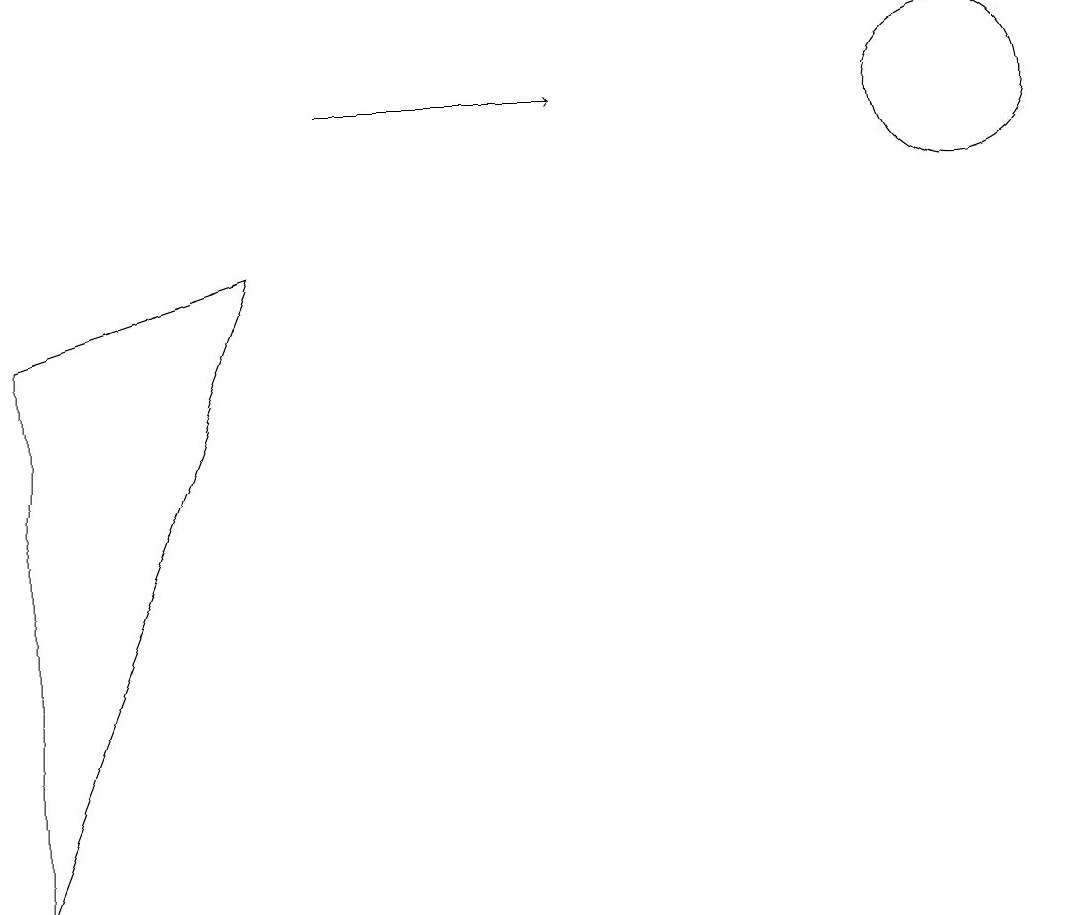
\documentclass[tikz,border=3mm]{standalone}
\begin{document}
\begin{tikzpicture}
\draw[->] (4,10) -- (7,10);
\draw (0,0) -- (3,8) -- (0,7) -- cycle;
\draw (12,10) circle (1);
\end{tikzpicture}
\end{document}